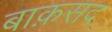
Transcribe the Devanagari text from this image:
बाक़सद